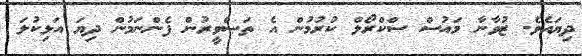
ދިޔައެވެ. ޒުވާނާ މައުސް ސްކްރޯލް ކުރުމުން އެ ތަޞްވީރުން ފެންނަމުން ދިޔަ އަޅިކުލަ